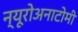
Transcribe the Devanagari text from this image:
न्यूरोअनाटोमी